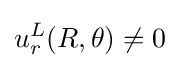
u_{r}^{L}(R,\theta )\neq 0